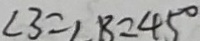
\angle 3 = \angle B = 4 5 ^ { \circ }